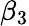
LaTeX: \beta_{3}